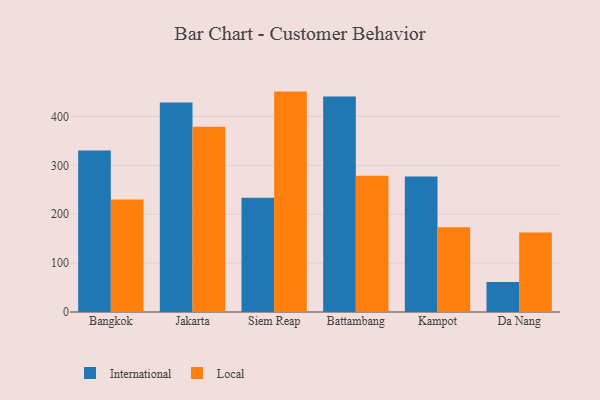
{"axis": {"x": "City", "y": "Customer Acquisition Cost (USD)"}, "legend": ["International", "Local"], "data": [{"x": "Bangkok", "y": 330.3, "type": "International"}, {"x": "Bangkok", "y": 230.3, "type": "Local"}, {"x": "Jakarta", "y": 428.6, "type": "International"}, {"x": "Jakarta", "y": 378.9, "type": "Local"}, {"x": "Siem Reap", "y": 233.8, "type": "International"}, {"x": "Siem Reap", "y": 450.8, "type": "Local"}, {"x": "Battambang", "y": 440.8, "type": "International"}, {"x": "Battambang", "y": 278.7, "type": "Local"}, {"x": "Kampot", "y": 277.1, "type": "International"}, {"x": "Kampot", "y": 173.1, "type": "Local"}, {"x": "Da Nang", "y": 61.5, "type": "International"}, {"x": "Da Nang", "y": 162.4, "type": "Local"}]}